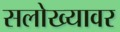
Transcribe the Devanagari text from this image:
सलोख्यावर